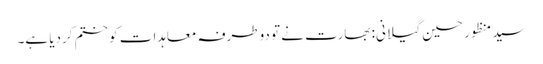
سید منظور حسین گیلانی: بھارت نے تو دوطرفہ معاہدات کو ختم کردیا ہے۔